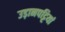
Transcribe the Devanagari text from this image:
उड़ानपट्टियां